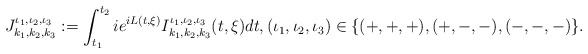
\begin{align*}J^{\iota_1, \iota_2,\iota_3 }_{k_1,k_2, k_3}:= \int_{t_1}^{t_2} i e^{i L(t,\xi)} I^{\iota_1, \iota_2,\iota_3}_{k_1,k_2, k_3}(t,\xi) d t, (\iota_1, \iota_2,\iota_3)\in \{(+,+,+),(+,-,-), (-,-,-)\}.\end{align*}